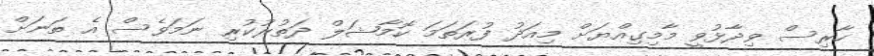
ހާރިސް ވިދާޅުވީ މާމިގިއްޔަށް މިއަދު ފުރަތަމަ ކޮމާޝަލް ދަތުރުކުރި ނަމަވެސް އެ ތަނަށް